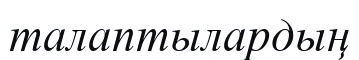
талаптылардың